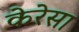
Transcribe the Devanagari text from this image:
केरेसा